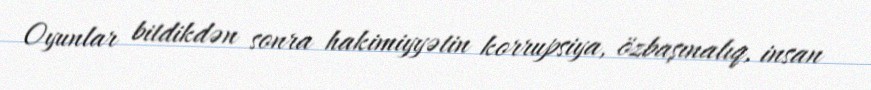
Oyunlar bitdikdən sonra hakimiyyətin korrupsiya, özbaşınalıq, insan